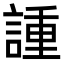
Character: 諥